Lunatic asylums United Provinces 1899-1908 - 1899-1908
Year: 1899
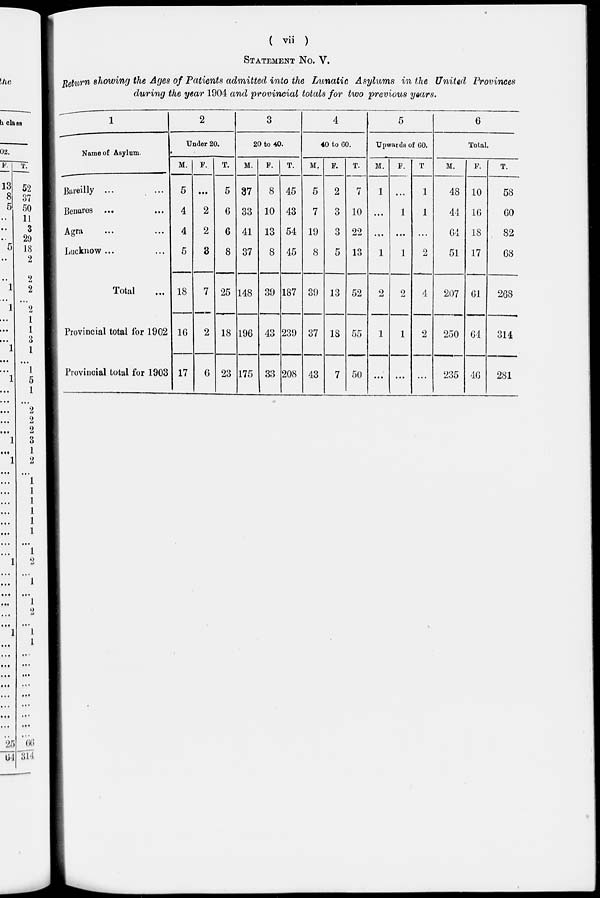
( vii )
STATEMENT No. V.
Return showing the Ages of Patients admitted into the Lunatic Asylums in the United Provinces
during the year 1904 and provincial totals for two previous years.
1
Name of Asylum.
Bareilly ... ...
Benares ... ...
Agra ... ...
Lucknow ... ...
Total ...
Provincial total for 1902
Provincial total for 1903
2
Under 20.
M.
5
4
4
5
18
16
17
F.
...
2
2
3
7
2
6
T.
5
6
6
8
25
18
23
3
20 to 40.
M.
37
33
41
37
148
196
175
F.
8
10
13
8
39
43
33
T.
45
43
54
45
187
239
208
4
40 to 60.
M.
5
7
19
8
39
37
43
F.
2
3
3
5
13
18
7
T.
7
10
22
13
52
55
50
5
Upwards of 60.
M.
1
...
...
1
2
1
...
F.
...
1
...
1
2
1
...
T
1
1
...
2
4
2
...
6
Total.
M.
48
44
64
51
207
250
235
F.
10
16
18
17
61
64
46
T.
58
60
82
68
268
314
281